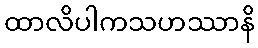
ထာလိပါကသဟဿာနိ